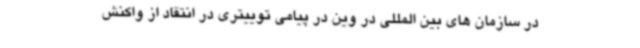
در سازمان های بین المللی در وین در پیامی توییتری در انتقاد از واکنش